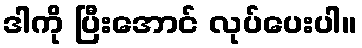
ဒါကို ပြီးအောင် လုပ်ပေးပါ။